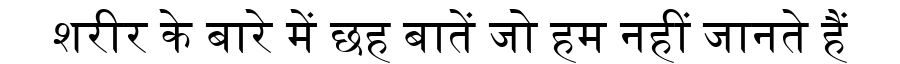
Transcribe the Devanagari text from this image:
शरीर के बारे में छह बातें जो हम नहीं जानते हैं